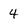
Character: 4